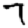
Digit: 7